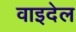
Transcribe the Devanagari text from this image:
वाइदेल